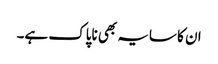
ان کا سایہ بھی ناپاک ہے۔